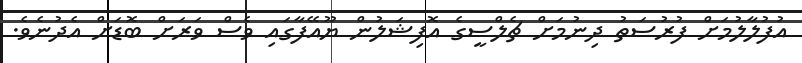
އުފުލާލުމަށް ފުރުސަތު ދިނުމަށް ޗެލްސީގެ އޮފިޝަލުން ޔޫއޭފާގައި ވެސް ވަރަށް ބޮޑަށް އެދުނެވެ.